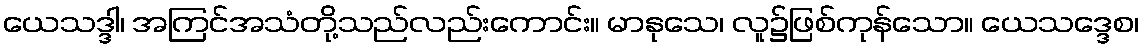
ယေသဒ္ဒါ၊ အကြင်အသံတို့သည်လည်းကောင်း။ မာနုသေ၊ လူ၌ဖြစ်ကုန်သော။ ယေသဒ္ဒေစ၊